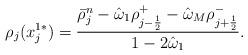
LaTeX: \begin{align*}\rho_j(x_j^{1*})=\frac{\bar{\rho}_j^n-\hat{\omega}_1\rho_{j-\frac{1}{2}}^{+}-\hat{\omega}_M\rho_{j+\frac{1}{2}}^{-}}{1-2\hat{\omega}_1}.\end{align*}